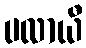
ပလာယီ